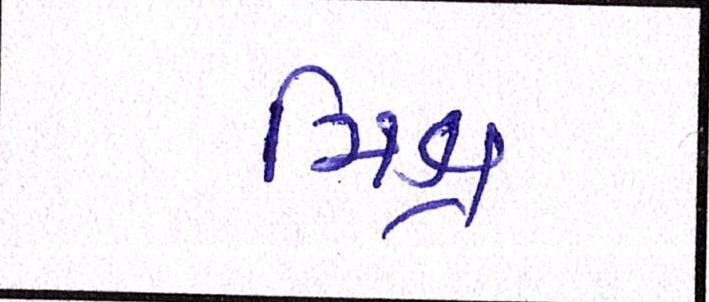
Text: મિશ્ર